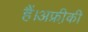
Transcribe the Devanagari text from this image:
हैं।अफ्री़की